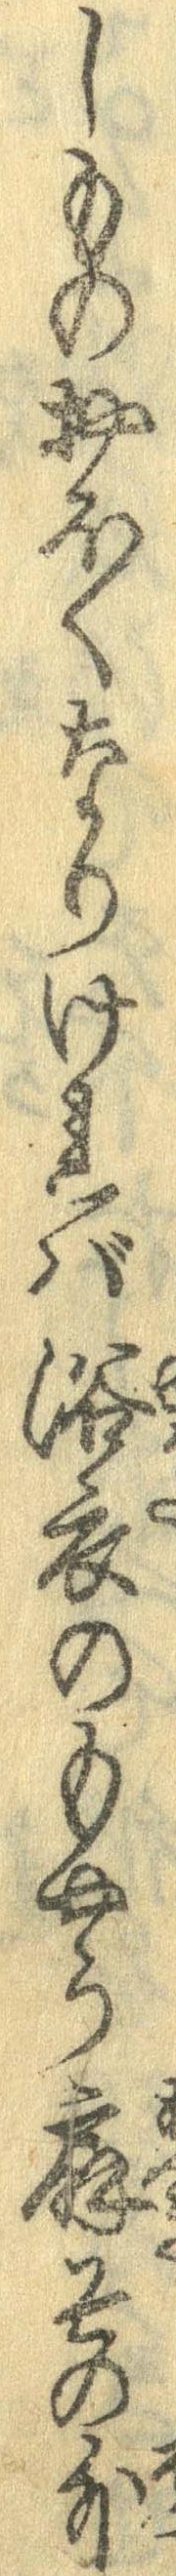
しものおほくなりければ浴衣のもやう扇その外